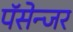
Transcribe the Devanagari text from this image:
पॅसेन्जर